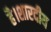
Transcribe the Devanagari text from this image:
है।शारदीय